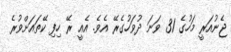
ޖެނުއަރީ މަހުގެ 31 ވަނަ ދުވަހުގެރޭ އެވެ. އެއީ ރޭ ހިފި ކޭތައަށްވުރެ